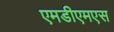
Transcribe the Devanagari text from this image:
एमडीएमएस